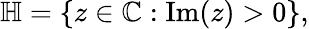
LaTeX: \mathbb{H}=\{ z\in\mathbb{C}:\operatorname{Im}(z)>0\} ,